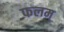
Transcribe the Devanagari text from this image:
फलम्